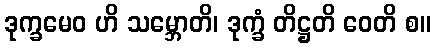
ဒုက္ခမေဝ ဟိ သမ္ဘောတိ၊ ဒုက္ခံ တိဋ္ဌတိ ဝေတိ စ။